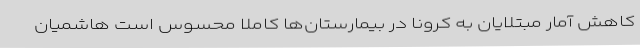
کاهش آمار مبتلایان به کرونا در بیمارستان‌ها کاملا محسوس است هاشمیان